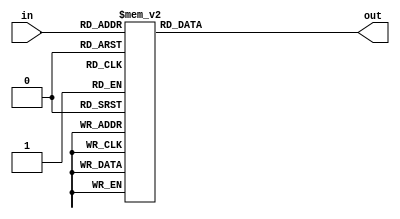
// Modified by Princeton University on June 9th, 2015
// ========== Copyright Header Begin ==========================================
// 
// OpenSPARC T1 Processor File: sparc_tlu_dec64.v
// Copyright (c) 2006 Sun Microsystems, Inc.  All Rights Reserved.
// DO NOT ALTER OR REMOVE COPYRIGHT NOTICES.
// 
// The above named program is free software; you can redistribute it and/or
// modify it under the terms of the GNU General Public
// License version 2 as published by the Free Software Foundation.
// 
// The above named program is distributed in the hope that it will be 
// useful, but WITHOUT ANY WARRANTY; without even the implied warranty of
// MERCHANTABILITY or FITNESS FOR A PARTICULAR PURPOSE.  See the GNU
// General Public License for more details.
// 
// You should have received a copy of the GNU General Public
// License along with this work; if not, write to the Free Software
// Foundation, Inc., 51 Franklin St, Fifth Floor, Boston, MA 02110-1301, USA.
// 
// ========== Copyright Header End ============================================
////////////////////////////////////////////////////////////////////////
/*
//  Module Name: sparc_tlu_dec64
//  Description:    
//    6 -> 64 decoder
*/

module sparc_tlu_dec64(/*AUTOARG*/
   // Outputs
   out, 
   // Inputs
   in
   );

   input [5:0] in;

   output [63:0] out;


   wire [5:0] 	 in;
   reg [63:0] 	 out;

/*   integer 	 i;
   
   always @ (in)
     begin
	for (i=0;i<64;i=i+1)
	  begin
	     if (i[5:0] == in[5:0])
	       out[i] = 1'b1;
	     else
	       out[i] = 1'b0;
	  end
     end
*/

always @ (in)
begin
    case (in)
       6'h00: out = 64'h0000000000000001;
       6'h01: out = 64'h0000000000000002;
       6'h02: out = 64'h0000000000000004;
       6'h03: out = 64'h0000000000000008;
       6'h04: out = 64'h0000000000000010;
       6'h05: out = 64'h0000000000000020;
       6'h06: out = 64'h0000000000000040;
       6'h07: out = 64'h0000000000000080;
       6'h08: out = 64'h0000000000000100;
       6'h09: out = 64'h0000000000000200;
       6'h0a: out = 64'h0000000000000400;
       6'h0b: out = 64'h0000000000000800;
       6'h0c: out = 64'h0000000000001000;
       6'h0d: out = 64'h0000000000002000;
       6'h0e: out = 64'h0000000000004000;
       6'h0f: out = 64'h0000000000008000;
       6'h10: out = 64'h0000000000010000;
       6'h11: out = 64'h0000000000020000;
       6'h12: out = 64'h0000000000040000;
       6'h13: out = 64'h0000000000080000;
       6'h14: out = 64'h0000000000100000;
       6'h15: out = 64'h0000000000200000;
       6'h16: out = 64'h0000000000400000;
       6'h17: out = 64'h0000000000800000;
       6'h18: out = 64'h0000000001000000;
       6'h19: out = 64'h0000000002000000;
       6'h1a: out = 64'h0000000004000000;
       6'h1b: out = 64'h0000000008000000;
       6'h1c: out = 64'h0000000010000000;
       6'h1d: out = 64'h0000000020000000;
       6'h1e: out = 64'h0000000040000000;
       6'h1f: out = 64'h0000000080000000;
       6'h20: out = 64'h0000000100000000;
       6'h21: out = 64'h0000000200000000;
       6'h22: out = 64'h0000000400000000;
       6'h23: out = 64'h0000000800000000;
       6'h24: out = 64'h0000001000000000;
       6'h25: out = 64'h0000002000000000;
       6'h26: out = 64'h0000004000000000;
       6'h27: out = 64'h0000008000000000;
       6'h28: out = 64'h0000010000000000;
       6'h29: out = 64'h0000020000000000;
       6'h2a: out = 64'h0000040000000000;
       6'h2b: out = 64'h0000080000000000;
       6'h2c: out = 64'h0000100000000000;
       6'h2d: out = 64'h0000200000000000;
       6'h2e: out = 64'h0000400000000000;
       6'h2f: out = 64'h0000800000000000;
       6'h30: out = 64'h0001000000000000;
       6'h31: out = 64'h0002000000000000;
       6'h32: out = 64'h0004000000000000;
       6'h33: out = 64'h0008000000000000;
       6'h34: out = 64'h0010000000000000;
       6'h35: out = 64'h0020000000000000;
       6'h36: out = 64'h0040000000000000;
       6'h37: out = 64'h0080000000000000;
       6'h38: out = 64'h0100000000000000;
       6'h39: out = 64'h0200000000000000;
       6'h3a: out = 64'h0400000000000000;
       6'h3b: out = 64'h0800000000000000;
       6'h3c: out = 64'h1000000000000000;
       6'h3d: out = 64'h2000000000000000;
       6'h3e: out = 64'h4000000000000000;
       6'h3f: out = 64'h8000000000000000;

    endcase
end

endmodule // sparc_tlu_dec64